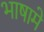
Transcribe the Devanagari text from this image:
भाषामे